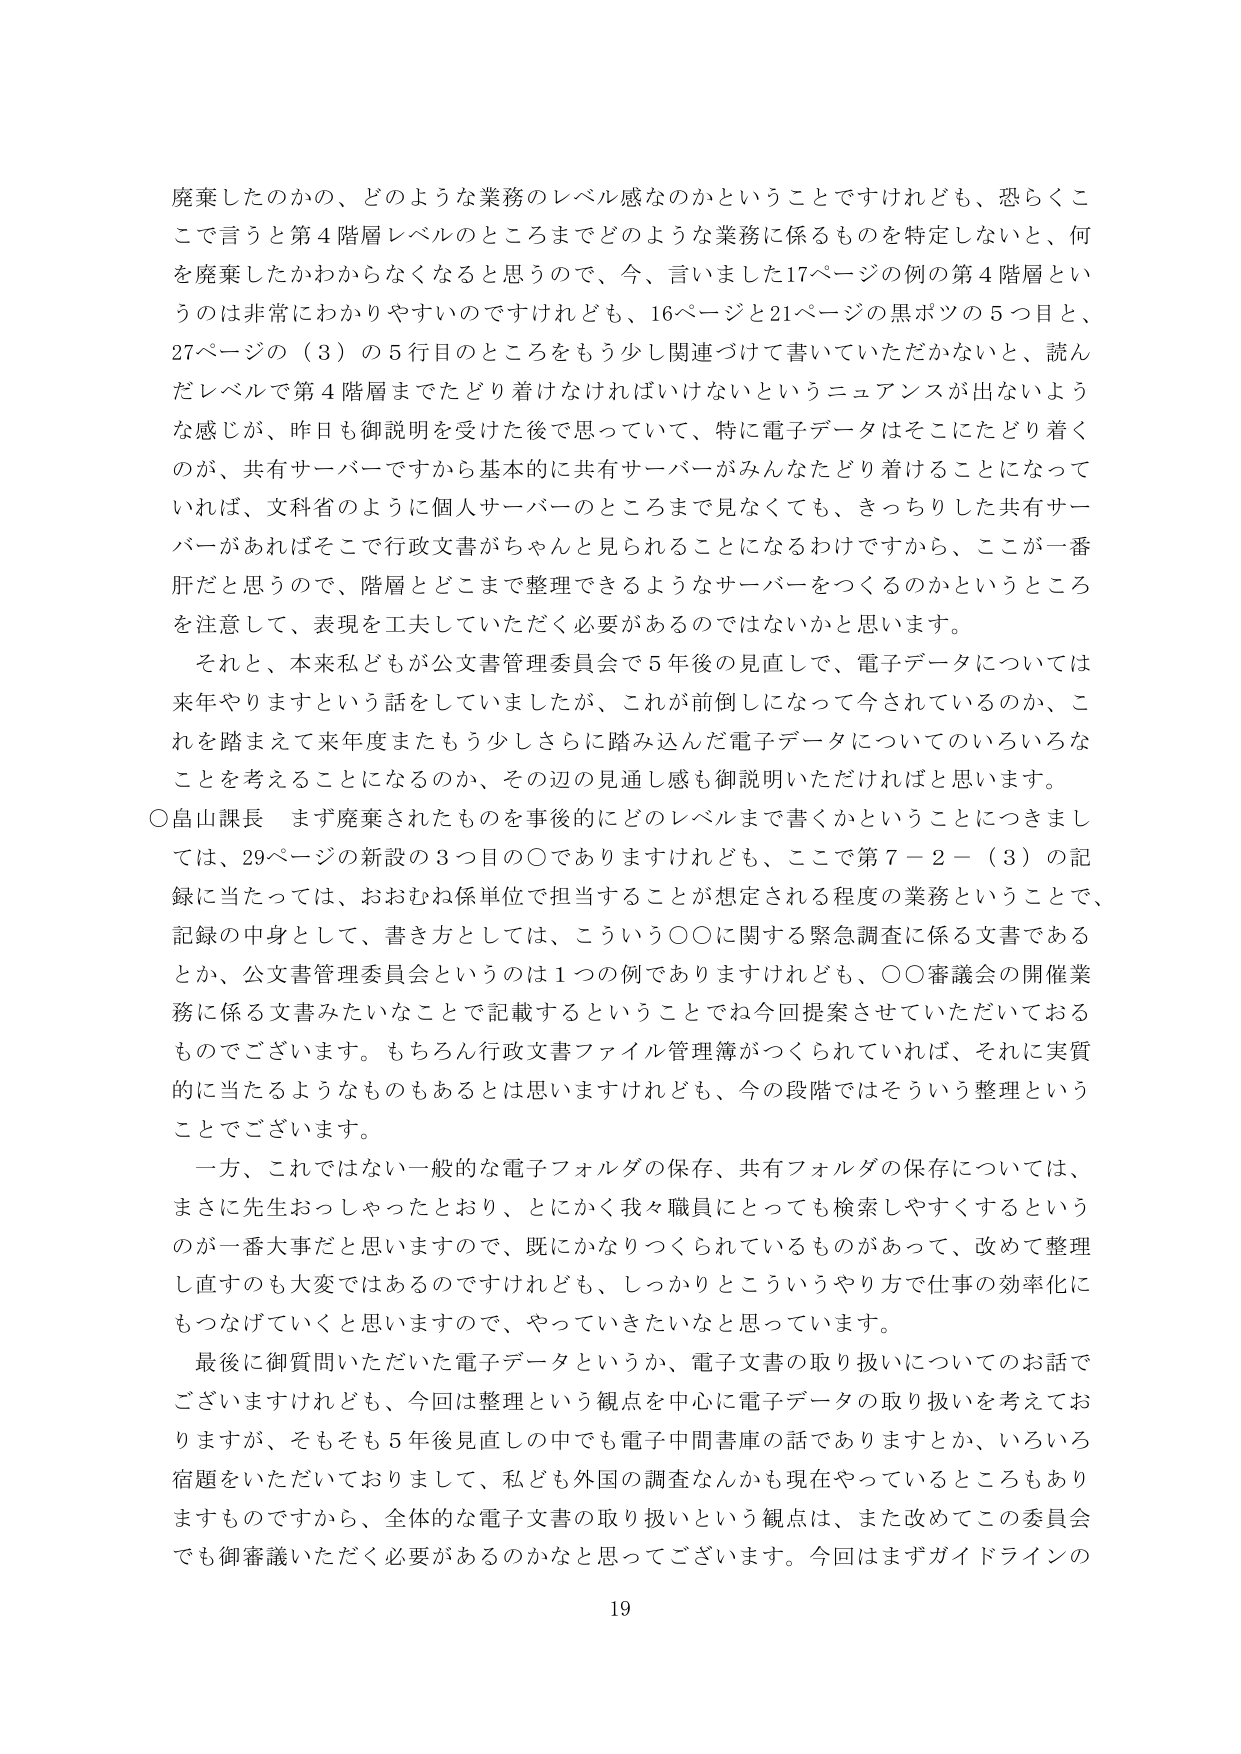
廃棄したのかの、どのような業務のレベル感なのかということですけれども、恐らくここで言うと第４階層レベルのところまでどのような業務に係るものを特定しないと、何を廃棄したかわからなくなると思うので、今、言いました17ページの例の第４階層というのは非常にわかりやすいのですけれども、16ページと21ページの黒ボツの５つ目と、27ページの（３）の５行目のところをもう少し関連づけて書いていただかないと、読んだレベルで第４階層までたどり着けなければいけないというニュアンスが出ないような感じが、昨日も御説明を受けた後で思っていて、特に電子データはそこにたどり着くのが、共有サーバーですから基本的に共有サーバーがみんなたどり着けることになっていれば、文科省のように個人サーバーのところまで見なくても、きっちりした共有サーバーがあればそこで行政文書がちゃんと見られることになるわけですから、ここが一番肝だと思うので、階層とどこまで整理できるようなサーバーをつくるのかというところを注意して、表現を工夫していただく必要があるのではないかと思います。

それと、本来私どもが公文書管理委員会で５年後の見直しで、電子データについては来年やりますという話をしていましたが、これが前倒しになって今されているのか、これを踏まえて来年度またもう少しそれに踏み込んだ電子データについてのいろいろなことを考えることになるのか、その辺の見通し感も御説明いただければと思います。

○畠山課長 まず廃棄されたものを事後的にどのレベルまで書くかということにつきましては、29ページの新設の３つ目の○でありますけれども、ここで第７－２－（３）の記録に当たっては、おおむね係単位で担当することが想定される程度の業務ということで、記録の中身として、書き方としては、こういう○○に関する緊急調査に係る文書であるとか、公文書管理委員会というのは１つの例でありますけれども、○○審議会の開催業務に係る文書みたいなことで記載するということで今回提案させていただいております。もちろん行政文書ファイル管理簿がつくられていれば、それに実質的に当たるようなものもあるとは思いますけれども、今の段階ではそういう整理ということでございます。

一方、これではない一般的な電子フォルダの保存、共有フォルダの保存については、まさに先生おっしゃったとおり、とにかく我々職員にとっても検索しやすくするというのが一番大事だと思いますので、既にかなりつくられているものがあって、改めて整理し直すのも大変ではあるのですけれども、しっかりこういうやり方で仕事の効率化にもつなげていくと思いますので、やっていきたいなと思っています。

最後に御質問いただいた電子データというか、電子文書の取り扱いについてのお話でございますけれども、今回は整理という観点を中心に電子データの取り扱いを考えておりますが、そもそも５年後見直しの中でも電子中間書庫の話でありますとか、いろいろ宿題をいただいておりまして、私ども外国の調査なんかも現在やっているところもありますものですから、全体的な電子文書の取り扱いという観点は、また改めてこの委員会でも御審議いただく必要があるのかなと思ってございます。今回はまずガイドラインの

19